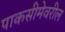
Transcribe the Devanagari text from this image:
पाकसीमेवरील